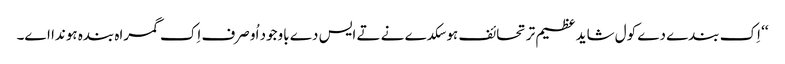
‘‘ اِک بندے دے کول شاید عظیم تر تحائف ہو سکدے نے تے ایس دے باوجود اُو صرف اِک گمراہ بندہ ہوندا اے۔